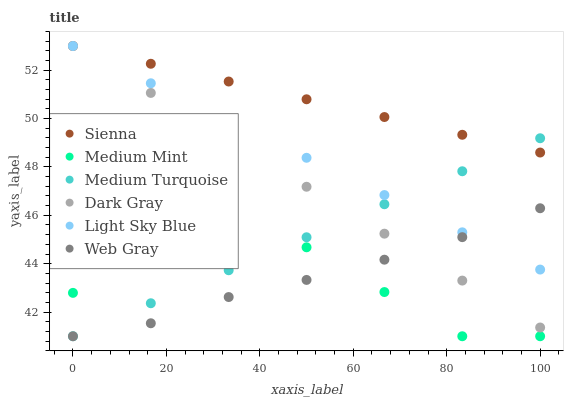
| xaxis_label | Sienna | Medium Mint | Medium Turquoise | Dark Gray | Light Sky Blue | Web Gray |
 | --- | --- | --- | --- | --- | --- | --- |
 | 0 | 53 | 42.8 | 41 | 53 | 53 | 41 |
 | 16.7 | 52.3 | 44.7 | 42.4 | 51.1 | 51.5 | 41.5 |
 | 33.3 | 51.5 | 45.3 | 43.7 | 49.1 | 49.9 | 42.6 |
 | 50 | 50.8 | 44.7 | 45.1 | 47.2 | 48.4 | 43.3 |
 | 66.7 | 50.1 | 42.8 | 46.5 | 45.2 | 46.8 | 44.2 |
 | 83.3 | 49.3 | 41 | 47.8 | 43.3 | 45.3 | 45.1 |
 | 100 | 48.6 | 41 | 49.2 | 41.4 | 43.8 | 46.3 |